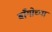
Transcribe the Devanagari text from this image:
बाँगोच्या